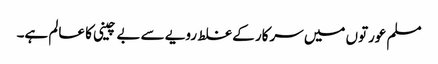
مسلم عورتوں میں سرکار کے غلط رویے سے بے چینی کا عالم ہے۔